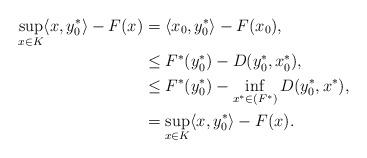
LaTeX: \begin{align*} \sup_{x\in K}\langle x, y_0^* \rangle - F(x) &= \langle x_0, y_0^* \rangle - F(x_0),\\ &\leq F^*(y_0^*) - D(y_0^*, x_0^*),\\ &\leq F^*(y_0^*) - \inf_{x^*\in (F^*)} D(y_0^*, x^*),\\ &= \sup_{x\in K}\langle x, y_0^* \rangle - F(x).\end{align*}